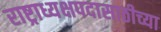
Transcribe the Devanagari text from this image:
राष्ट्राध्यक्षपदासाठीच्या